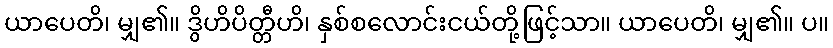
ယာပေတိ၊ မျှ၏။ ဒွိဟိပိတ္တီဟိ၊ နှစ်စလောင်းငယ်တို့ဖြင့်သာ။ ယာပေတိ၊ မျှ၏။ ပ။